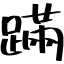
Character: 蹣